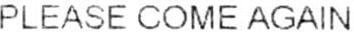
PLEASE COME AGAIN